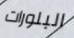
البلورات